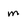
Character: m